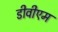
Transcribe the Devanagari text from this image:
डीवीएम